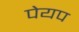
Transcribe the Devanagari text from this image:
पेयप